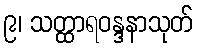
၉၊ သတ္ထာရဝန္ဒနာသုတ်